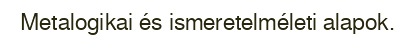
Metalogikai és ismeretelméleti alapok.